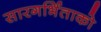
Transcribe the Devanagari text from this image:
सारगर्भिताको